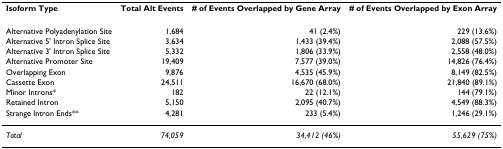
<table><thead><tr><td><b>Isoform Type</b></td><td><b>Total Alt Events</b></td><td><b># of Events Overlapped by Gene Array</b></td><td><b># of Events Overlapped by Exon Array</b></td></tr></thead><tbody><tr><td>Alternative Polyadenylation Site</td><td>1,684</td><td>41 (2.4%)</td><td>229 (13.6%)</td></tr><tr><td>Alternative 5&#x27; Intron Splice Site</td><td>3,634</td><td>1,433 (39.4%)</td><td>2,088 (57.5%)</td></tr><tr><td>Alternative 3&#x27; Intron Splice Site</td><td>5,332</td><td>1,806 (33.9%)</td><td>2,558 (48.0%)</td></tr><tr><td>Alternative Promoter Site</td><td>19,409</td><td>7,577 (39.0%)</td><td>14,826 (76.4%)</td></tr><tr><td>Overlapping Exon</td><td>9,876</td><td>4,535 (45.9%)</td><td>8,149 (82.5%)</td></tr><tr><td>Cassette Exon</td><td>24,511</td><td>16,670 (68.0%)</td><td>21,840 (89.1%)</td></tr><tr><td>Minor Introns*</td><td>182</td><td>22 (12.1%)</td><td>144 (79.1%)</td></tr><tr><td>Retained Intron</td><td>5,150</td><td>2,095 (40.7%)</td><td>4,549 (88.3%)</td></tr><tr><td>Strange Intron Ends**</td><td>4,281</td><td>233 (5.4%)</td><td>1,246 (29.1%)</td></tr><tr><td><i>Total</i></td><td><i>74,059</i></td><td><i>34,412 (46%)</i></td><td><i>55,629 (75%)</i></td></tr></tbody></table>